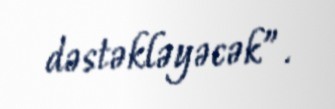
dəstəkləyəcək”.